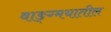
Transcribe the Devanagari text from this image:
वाङ्ग्मयातील